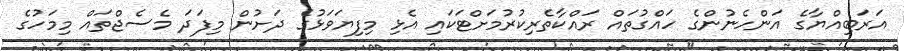
އަރަބިއްޔާގެ އަންހެނުންގެ ހައްގުތައް ރައްކާތެރިކުރުމަށްޓަކައި އެޅި މިފިޔަވަޅުގެ ދަށުން މިފަދަ މެސެޖްތައް މިމަހުގެ